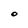
Character: O